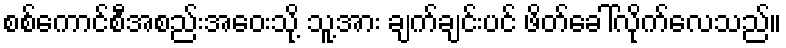
စစ်ကောင်စီအစည်းအဝေးသို့ သူ့အား ချက်ချင်းပင် ဖိတ်ခေါ်လိုက်လေသည်။